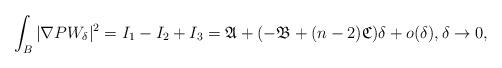
LaTeX: \begin{align*}\int_{B} |\nabla P W_{\delta}|^2&=I_1-I_2+I_3=\mathfrak{A}+(-\mathfrak{B}+(n-2)\mathfrak{C})\delta+o(\delta),\delta\to 0,\end{align*}